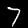
Label: 7